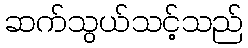
ဆက်သွယ်သင့်သည်